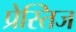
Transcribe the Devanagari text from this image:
प्रेस्तिज